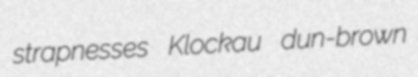
strapnesses Klockau dun-brown